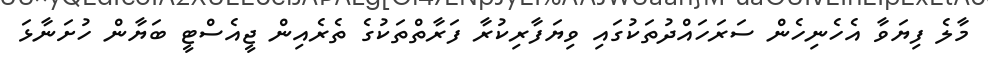
މާލެ ފިޔަވާ އެހެނިހެން ސަރަހައްދުތަކުގައި ވިޔަފާރިކުރާ ފަރާތްތަކުގެ ތެރެއިން ޖީއެސްޓީ ބަޔާން ހުށަނާޅަ